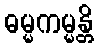
ဓမ္မကမ္မန္တိ